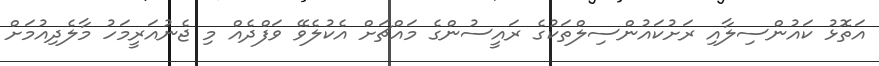
އަތޮޅު ކައުންސިލާއި ރަށުކައުންސިލްތަކުގެ ރައީސުންގެ މައްޗަށް އެކުލެވޭ ވަފްދެއް މި ޖެނުއަރީމަހު މާލެދިއުމަށް